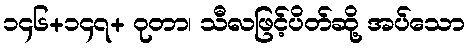
၁၄၆+၁၄၇+ ဝုတာ၊ သီလဖြင့်ပိတ်ဆို့ အပ်သော